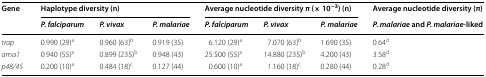
<table><thead><tr><td rowspan="2"><b>Gene</b></td><td colspan="3"><b>Haplotype diversity (n)</b></td><td colspan="3"><b>Average nucleotide diversity π (× 10<sup>−3</sup>) (n)</b></td><td><b>Average nucleotide diversity (π)</b></td></tr><tr><td><b><i>P. falciparum</i></b></td><td><b><i>P. vivax</i></b></td><td><b><i>P. malariae</i></b></td><td><b><i>P. falciparum</i></b></td><td><b><i>P. vivax</i></b></td><td><b><i>P. malariae</i></b></td><td><b><i>P. malariae</i> and <i>P. malariae</i>-liked</b></td></tr></thead><tbody><tr><td><i>trap</i></td><td>0.990 (29)<sup>a</sup></td><td>0.960 (63)<sup>b</sup></td><td>0.919 (35)</td><td>6.120 (29)<sup>a</sup></td><td>7.070 (63)<sup>b</sup></td><td>1.690 (35)</td><td>0.64<sup>d</sup></td></tr><tr><td><i>ama1</i></td><td>0.940 (55)<sup>a</sup></td><td>0.899 (235)<sup>b</sup></td><td>0.948 (43)</td><td>25.500 (55)<sup>a</sup></td><td>14.880 (235)<sup>b</sup></td><td>4.200 (43)</td><td>3.58<sup>d</sup></td></tr><tr><td><i>p48/45</i></td><td>0.200 (10)<sup>a</sup></td><td>0.484 (18)<sup>c</sup></td><td>0.127 (44)</td><td>0.600 (10)<sup>a</sup></td><td>1.160 (18)<sup>c</sup></td><td>0.280 (44)</td><td>0.28<sup>d</sup></td></tr></tbody></table>